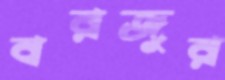
বরজুর